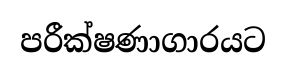
පරීක්ෂණාගාරයට